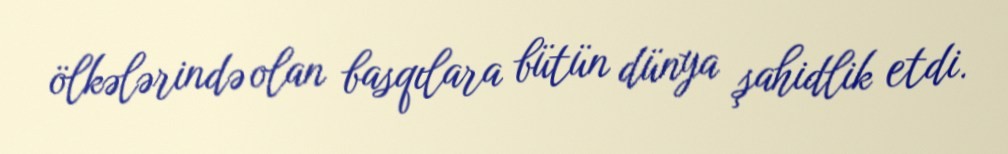
ölkələrində olan basqılara bütün dünya şahidlik etdi.